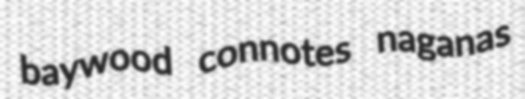
baywood connotes naganas